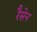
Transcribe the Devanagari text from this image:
रैसेन